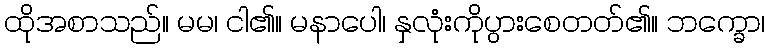
ထိုအစာသည်။ မမ၊ ငါ၏။ မနာပေါ၊ နှလုံးကိုပွားစေတတ်၏။ ဘက္ခော၊